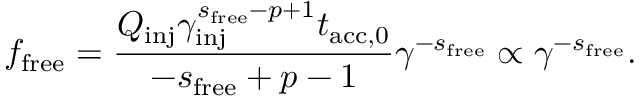
f _ { \mathrm { f r e e } } = \frac { Q _ { \mathrm { i n j } } \gamma _ { \mathrm { i n j } } ^ { s _ { \mathrm { f r e e } } - p + 1 } t _ { \mathrm { a c c , 0 } } } { - s _ { \mathrm { f r e e } } + p - 1 } \gamma ^ { - s _ { \mathrm { f r e e } } } \propto \gamma ^ { - s _ { \mathrm { f r e e } } } .